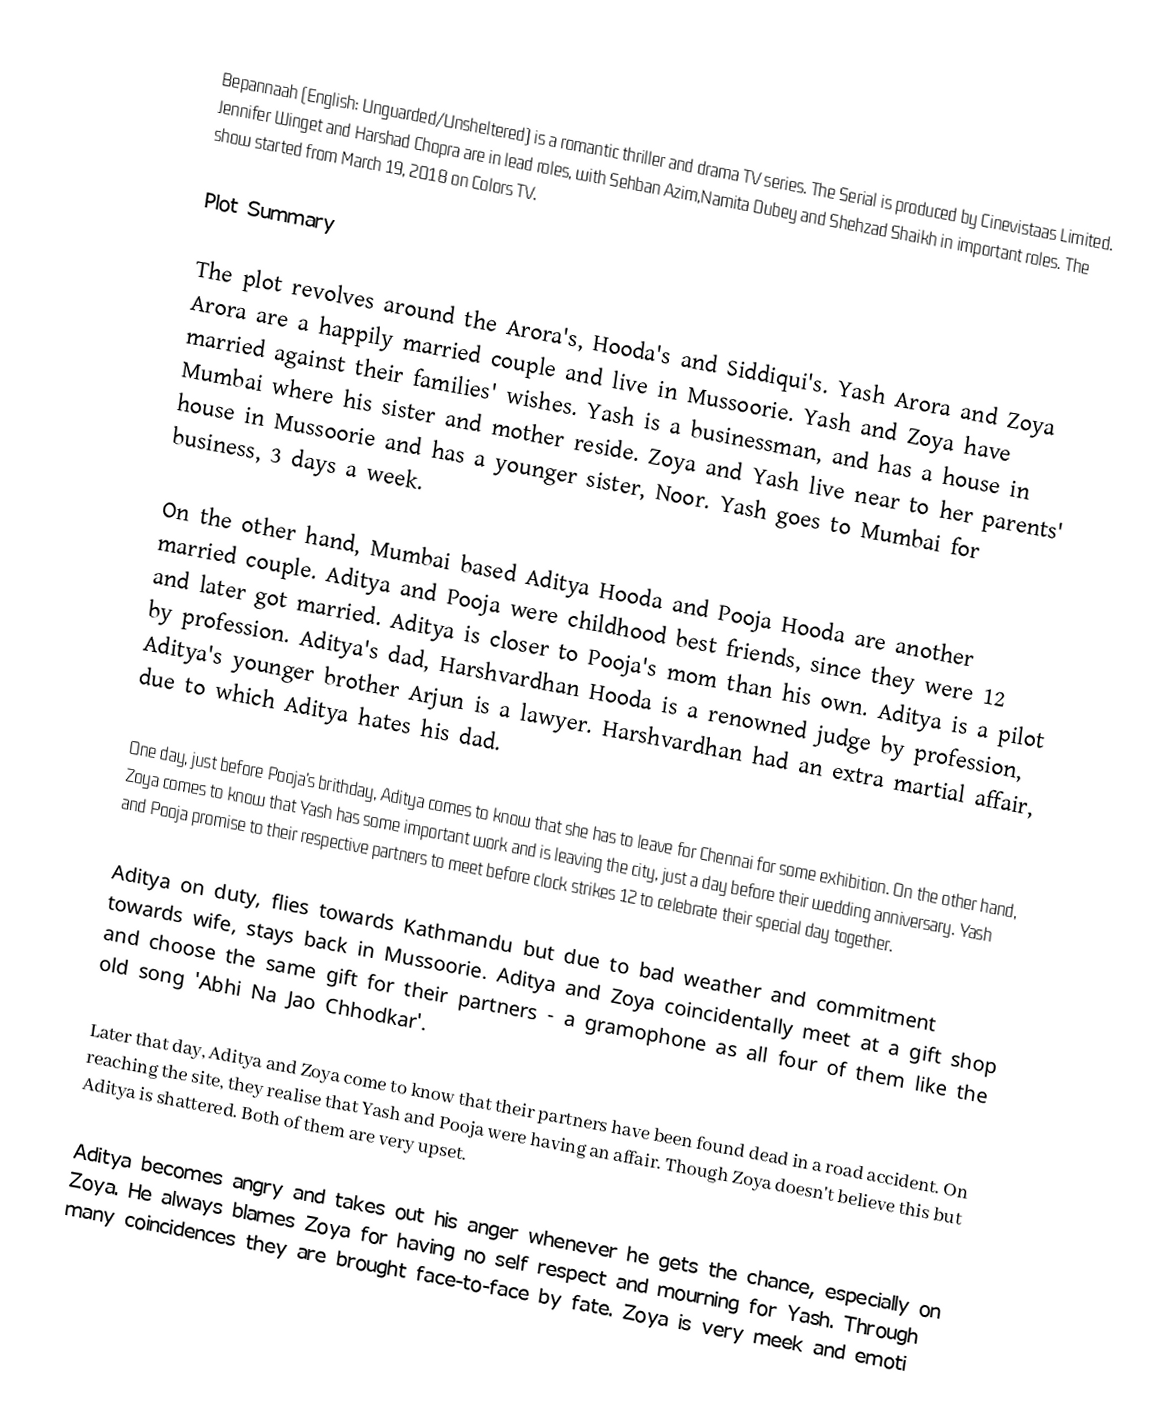
Bepannaah (English: Unguarded/Unsheltered) is a romantic thriller and drama TV series. The Serial is produced by Cinevistaas Limited. Jennifer Winget and Harshad Chopra are in lead roles, with Sehban Azim,Namita Dubey and Shehzad Shaikh in important roles. The show started from March 19, 2018 on Colors TV.

Plot Summary

The plot revolves around the Arora's, Hooda's and Siddiqui's. Yash Arora and Zoya Arora are a happily married couple and live in Mussoorie. Yash and Zoya have married against their families' wishes. Yash is a businessman, and has a house in Mumbai where his sister and mother reside. Zoya and Yash live near to her parents' house in Mussoorie and has a younger sister, Noor. Yash goes to Mumbai for business, 3 days a week.

On the other hand, Mumbai based Aditya Hooda and Pooja Hooda are another married couple. Aditya and Pooja were childhood best friends, since they were 12 and later got married. Aditya is closer to Pooja's mom than his own. Aditya is a pilot by profession.  Aditya's dad, Harshvardhan Hooda is a renowned judge by profession, Aditya's younger brother Arjun is a lawyer. Harshvardhan had an extra martial affair, due to which Aditya hates his dad.

One day, just before Pooja's brithday, Aditya comes to know that she has to leave for Chennai for some exhibition. On the other hand, Zoya comes to know that Yash has some important work and is leaving the city, just a day before their wedding anniversary. Yash and Pooja promise to their respective partners to meet before clock strikes 12 to celebrate their special day together.

Aditya on duty, flies towards Kathmandu but due to bad weather and commitment towards wife, stays back in Mussoorie. Aditya and Zoya coincidentally meet at a gift shop and choose the same gift for their partners - a gramophone as all four of them like the old song 'Abhi Na Jao Chhodkar'.

Later that day, Aditya and Zoya come to know that their partners have been found dead in a road accident. On reaching the site, they realise that Yash and Pooja were having an affair. Though Zoya doesn't believe this but Aditya is shattered. Both of them are very upset.

Aditya becomes angry and takes out his anger whenever he gets the chance, especially on Zoya. He always blames Zoya for having no self respect and mourning for Yash. Through many coincidences they are brought face-to-face by fate. Zoya is very meek and emoti